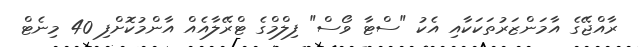
ރާއްޖޭގެ އާމަންޒަރުތަކަކާއި އެކު "ސްޓާ ވޯސް" ފިލްމްގެ ޓްރޭލާއެއް އާންމުކޮށްފި 40 މިނެޓް